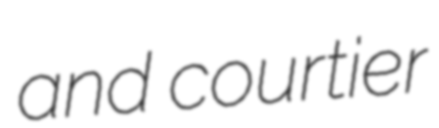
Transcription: and courtier